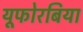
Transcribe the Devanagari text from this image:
यूफोरबिया